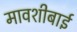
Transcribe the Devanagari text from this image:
मावशीबाई